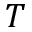
T